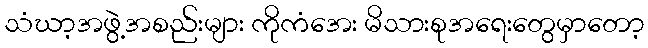
သံဃာ့အဖွဲ့အစည်းများ ကိုကံအေး မိသားစုအရေးတွေမှာတော့